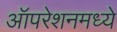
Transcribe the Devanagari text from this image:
ऑपरेशनमध्ये